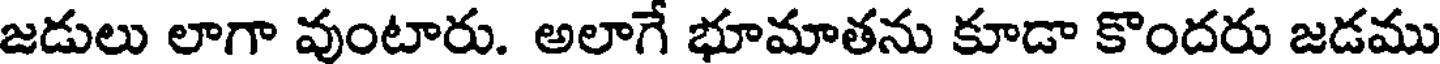
జడులు లాగా వుంటారు. అలాగే భూమాతను కూడా కొందరు జడము